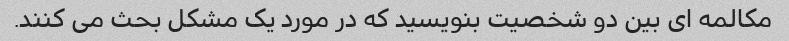
مکالمه ای بین دو شخصیت بنویسید که در مورد یک مشکل بحث می کنند.